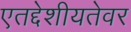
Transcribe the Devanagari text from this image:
एतद्देशीयतेवर